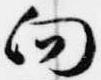
向